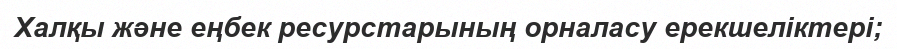
Халқы және еңбек ресурстарының орналасу ерекшеліктері;